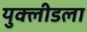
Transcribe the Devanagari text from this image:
युक्लीडला